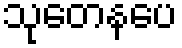
သုတေနပေ